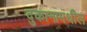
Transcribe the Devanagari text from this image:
दुकानामधील